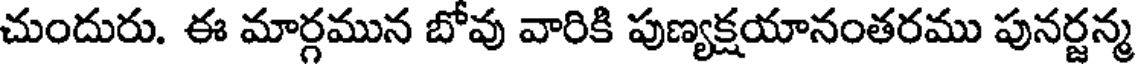
చుందురు. ఈ మార్గమున బోవు వారికి పుణ్యక్షయానంతరము పునర్జన్మ